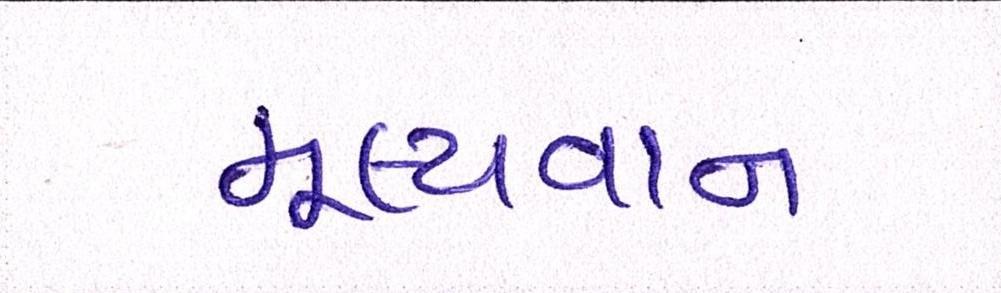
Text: મૂલ્યવાન